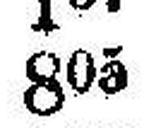
803